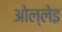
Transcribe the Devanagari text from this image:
ओल्लेइ